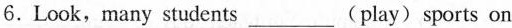
6.Look,many students___(play)sports on